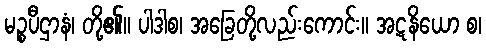
မဉ္စပီဌာနံ၊ တို့၏။ ပါဒါစ၊ အခြေတို့လည်းကောင်း။ အဋနိယော စ၊